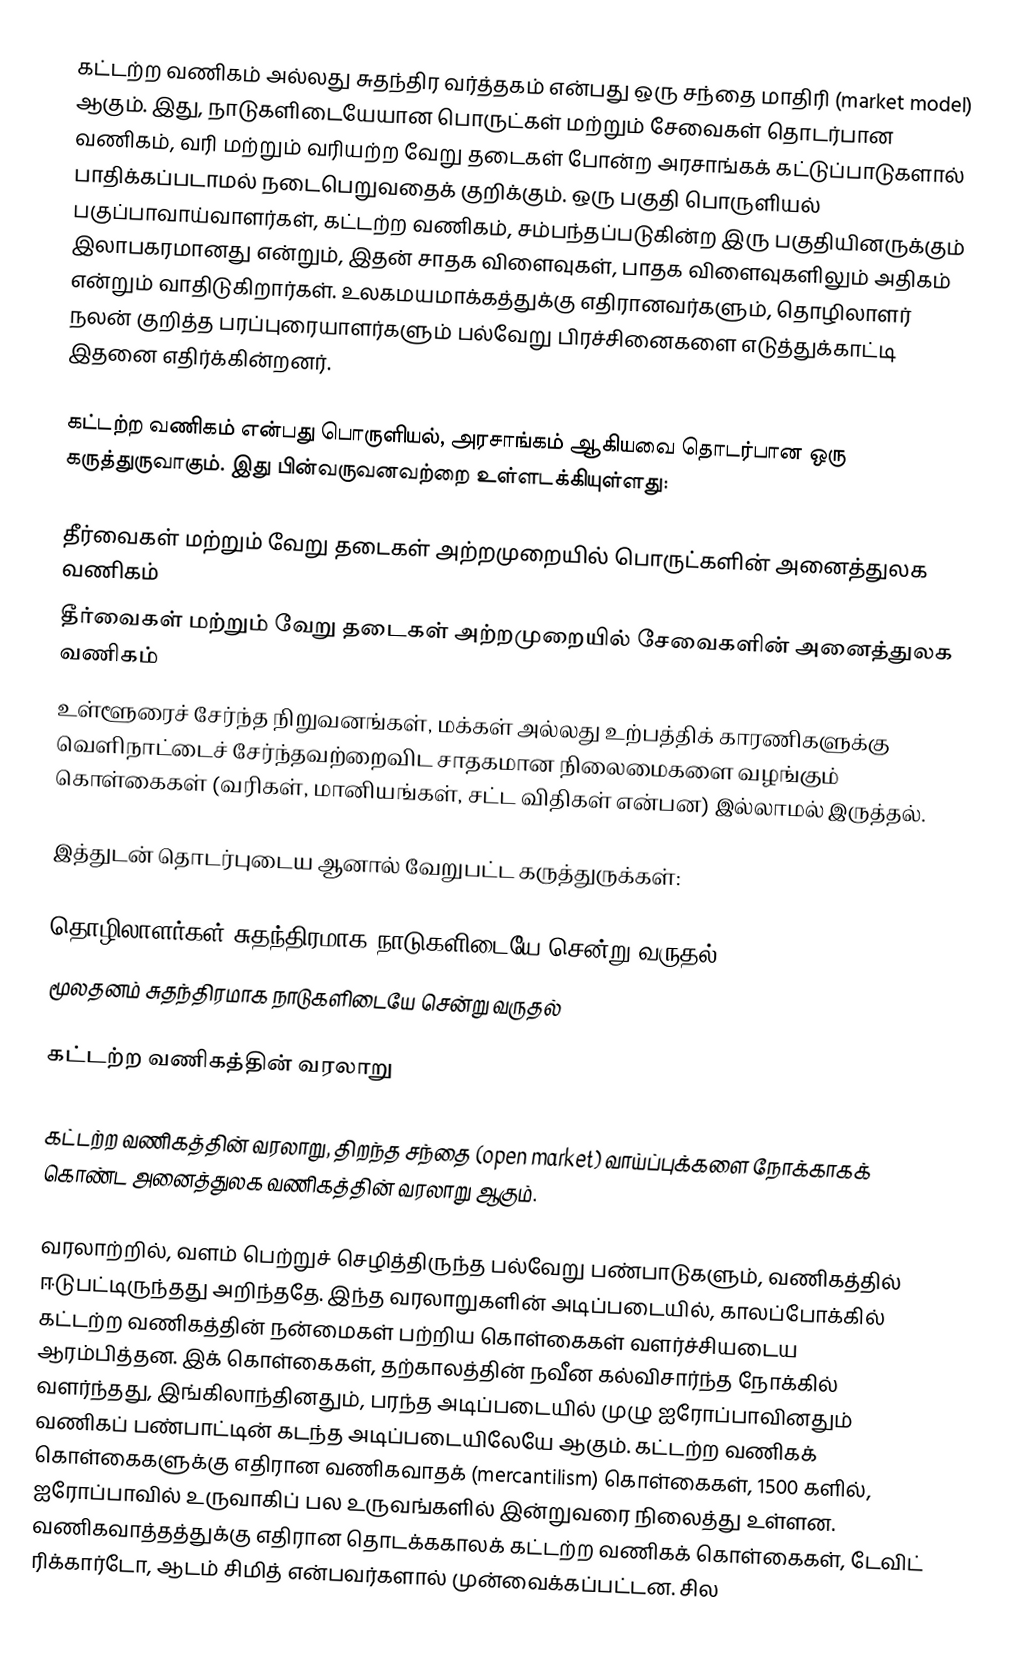
கட்டற்ற வணிகம் அல்லது சுதந்திர வர்த்தகம் என்பது ஒரு சந்தை மாதிரி (market model) ஆகும். இது, நாடுகளிடையேயான பொருட்கள் மற்றும் சேவைகள் தொடர்பான வணிகம், வரி மற்றும் வரியற்ற வேறு தடைகள் போன்ற அரசாங்கக் கட்டுப்பாடுகளால் பாதிக்கப்படாமல் நடைபெறுவதைக் குறிக்கும். ஒரு பகுதி பொருளியல் பகுப்பாவாய்வாளர்கள், கட்டற்ற வணிகம், சம்பந்தப்படுகின்ற இரு பகுதியினருக்கும் இலாபகரமானது என்றும், இதன் சாதக விளைவுகள், பாதக விளைவுகளிலும் அதிகம் என்றும் வாதிடுகிறார்கள். உலகமயமாக்கத்துக்கு எதிரானவர்களும், தொழிலாளர் நலன் குறித்த பரப்புரையாளர்களும் பல்வேறு பிரச்சினைகளை எடுத்துக்காட்டி இதனை எதிர்க்கின்றனர்.

கட்டற்ற வணிகம் என்பது பொருளியல், அரசாங்கம் ஆகியவை தொடர்பான ஒரு கருத்துருவாகும். இது பின்வருவனவற்றை உள்ளடக்கியுள்ளது:

 தீர்வைகள் மற்றும் வேறு தடைகள் அற்றமுறையில் பொருட்களின் அனைத்துலக வணிகம்
 தீர்வைகள் மற்றும் வேறு தடைகள் அற்றமுறையில் சேவைகளின் அனைத்துலக வணிகம்
 உள்ளூரைச் சேர்ந்த நிறுவனங்கள், மக்கள் அல்லது உற்பத்திக் காரணிகளுக்கு வெளிநாட்டைச் சேர்ந்தவற்றைவிட சாதகமான நிலைமைகளை வழங்கும் கொள்கைகள் (வரிகள், மானியங்கள், சட்ட விதிகள் என்பன) இல்லாமல் இருத்தல்.

இத்துடன் தொடர்புடைய ஆனால் வேறுபட்ட கருத்துருக்கள்:

 தொழிலாளர்கள் சுதந்திரமாக நாடுகளிடையே சென்று வருதல்
 மூலதனம் சுதந்திரமாக நாடுகளிடையே சென்று வருதல்

கட்டற்ற வணிகத்தின் வரலாறு

கட்டற்ற வணிகத்தின் வரலாறு, திறந்த சந்தை (open market) வாய்ப்புக்களை நோக்காகக் கொண்ட அனைத்துலக வணிகத்தின் வரலாறு ஆகும்.

வரலாற்றில், வளம் பெற்றுச் செழித்திருந்த பல்வேறு பண்பாடுகளும், வணிகத்தில் ஈடுபட்டிருந்தது அறிந்ததே. இந்த வரலாறுகளின் அடிப்படையில், காலப்போக்கில் கட்டற்ற வணிகத்தின் நன்மைகள் பற்றிய கொள்கைகள் வளர்ச்சியடைய ஆரம்பித்தன. இக் கொள்கைகள், தற்காலத்தின் நவீன கல்விசார்ந்த நோக்கில் வளர்ந்தது, இங்கிலாந்தினதும், பரந்த அடிப்படையில் முழு ஐரோப்பாவினதும் வணிகப் பண்பாட்டின் கடந்த அடிப்படையிலேயே ஆகும். கட்டற்ற வணிகக் கொள்கைகளுக்கு எதிரான வணிகவாதக் (mercantilism) கொள்கைகள், 1500 களில், ஐரோப்பாவில் உருவாகிப் பல உருவங்களில் இன்றுவரை நிலைத்து உள்ளன. வணிகவாத்தத்துக்கு எதிரான தொடக்ககாலக் கட்டற்ற வணிகக் கொள்கைகள், டேவிட் ரிக்கார்டோ, ஆடம் சிமித் என்பவர்களால் முன்வைக்கப்பட்டன. சில